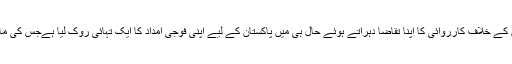
امریکہ نے عسکریت پسندوں کے خلاف کارروائی کا اپنا تقاضا دہراتے ہوئے حال ہی میں پاکستان کے لیے اپنی فوجی امداد کا ایک تہائی روک لیا ہےجس کی مالیت 800 ملین ڈالر بنتی ہے۔